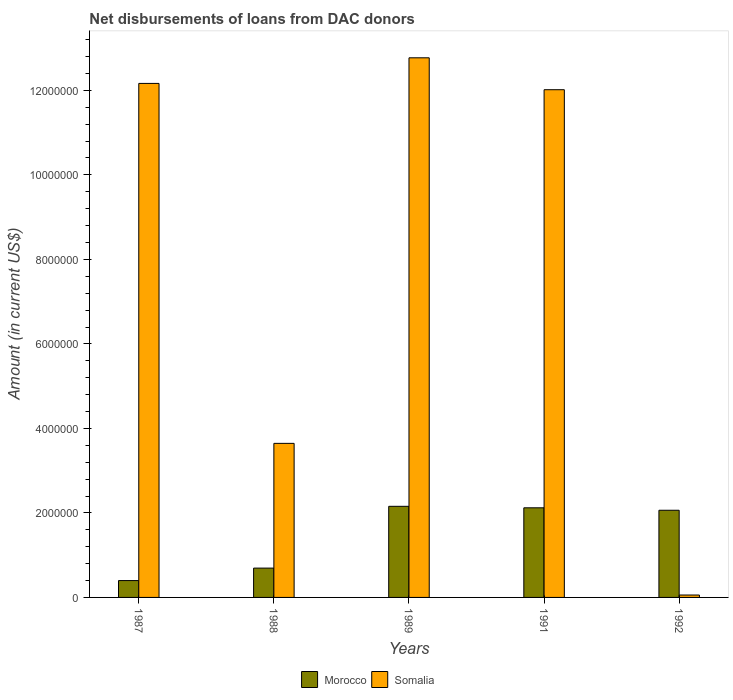
| Years | Morocco | Somalia |
 | --- | --- | --- |
 | 1987 | 3.99e+05 | 1.22e+07 |
 | 1988 | 6.94e+05 | 3.65e+06 |
 | 1989 | 2.16e+06 | 1.28e+07 |
 | 1991 | 2.12e+06 | 1.2e+07 |
 | 1992 | 2.06e+06 | 5.7e+04 |